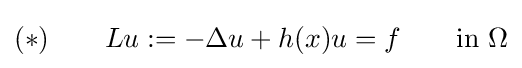
(*)\qquad Lu:=-\Delta u+h(x)u=f\qquad {\text{in }}\Omega